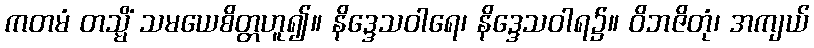
ကတမံ တသ္မိံ သမယေစိတ္တဟူ၍။ နိဒ္ဒေသဝါရေ၊ နိဒ္ဒေသဝါရ၌။ ဝိဘဇိတုံ၊ အကျယ်